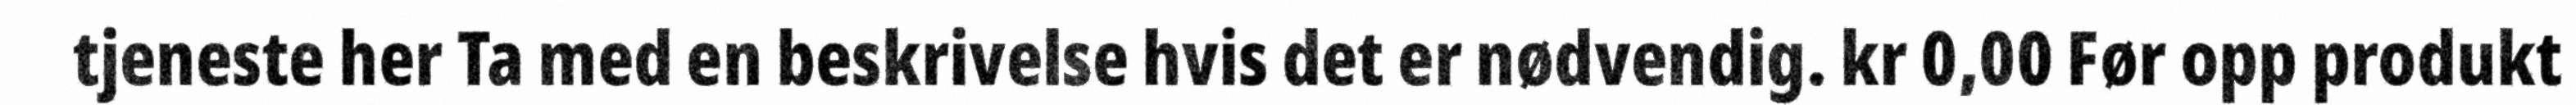
tjeneste her Ta med en beskrivelse hvis det er nødvendig. kr 0,00 Før opp produkt